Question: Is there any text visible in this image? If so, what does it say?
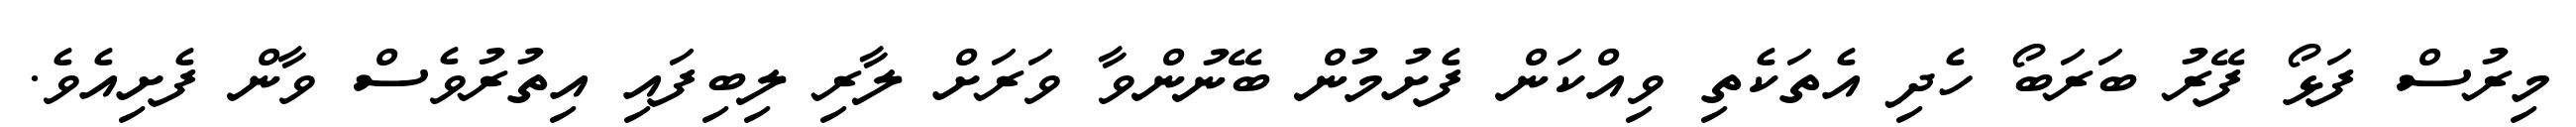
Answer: މިރުސް ފަޅޯ ފޭރު ބަރަބޯ ހެދި އެތަކެތި ވިއްކަން ފެށުމުން ބޭނުންވާ ވަރަށް ލާރި ލިބިފައި އިތުރުވެސް ވާން ފެށިއެވެ.